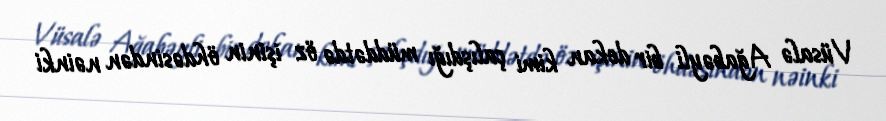
Vüsalə Ağabəyli bir dekan kimi çalışdığı müddətdə öz işinin öhdəsindən nəinki